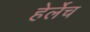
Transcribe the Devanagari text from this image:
हेर्लेच